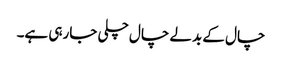
چال کے بدلے چال چلی جارہی ہے۔